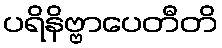
ပရိနိဗ္ဗာပေတီတိ